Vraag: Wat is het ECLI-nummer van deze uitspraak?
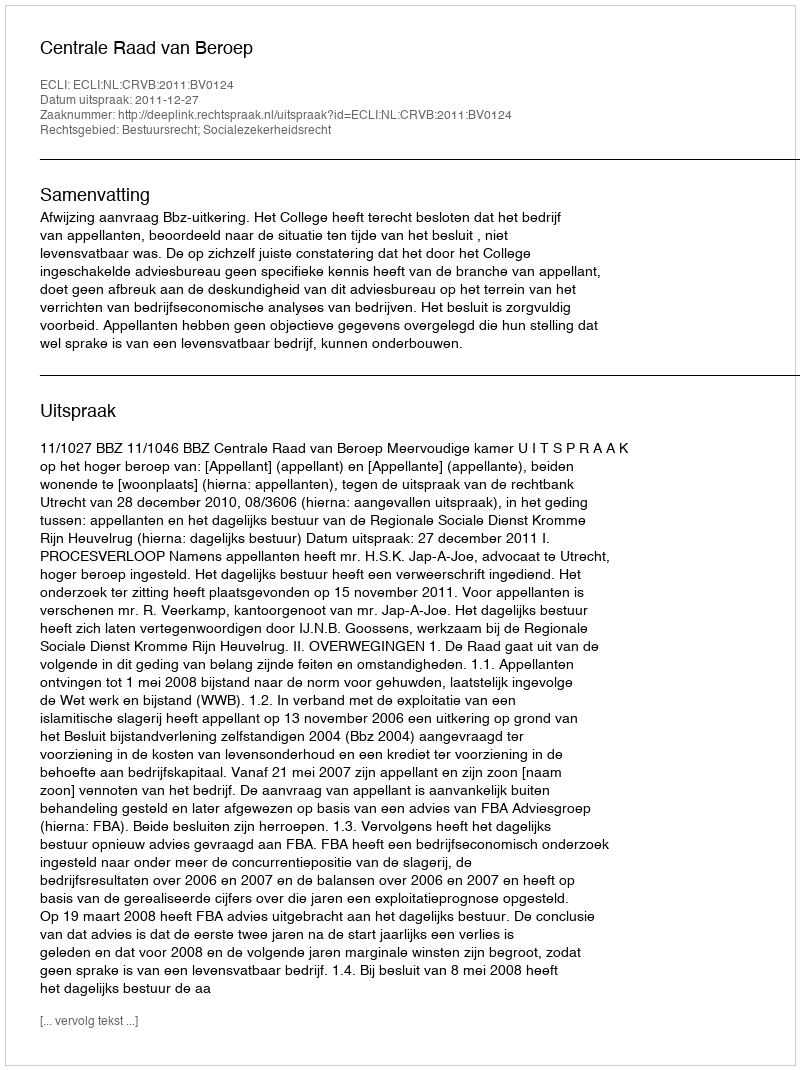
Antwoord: ECLI:NL:CRVB:2011:BV0124